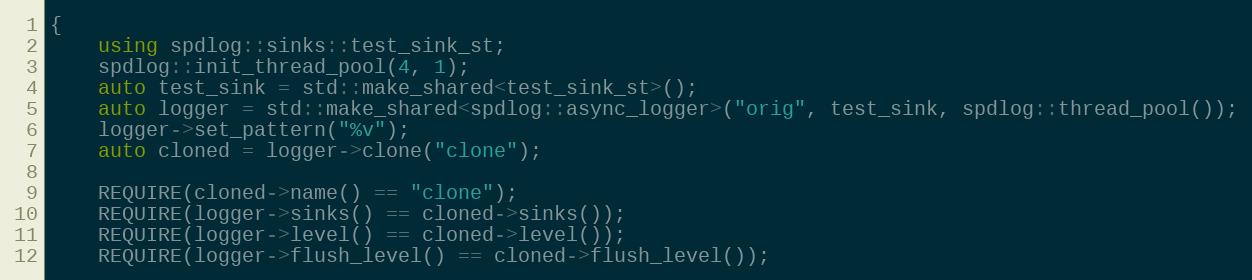
Language: C++
{
    using spdlog::sinks::test_sink_st;
    spdlog::init_thread_pool(4, 1);
    auto test_sink = std::make_shared<test_sink_st>();
    auto logger = std::make_shared<spdlog::async_logger>("orig", test_sink, spdlog::thread_pool());
    logger->set_pattern("%v");
    auto cloned = logger->clone("clone");

    REQUIRE(cloned->name() == "clone");
    REQUIRE(logger->sinks() == cloned->sinks());
    REQUIRE(logger->level() == cloned->level());
    REQUIRE(logger->flush_level() == cloned->flush_level());